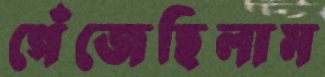
গেঁজেছিলাম